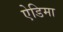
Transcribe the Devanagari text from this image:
ऐडिमा